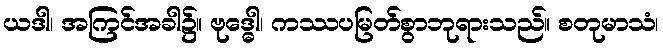
ယဒါ၊ အကြင်အခါ၌။ ဗုဒ္ဓေါ၊ ကဿပမြတ်စွာဘုရားသည်။ စတုမာသံ၊